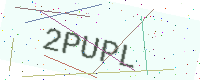
Text: 2PUPL